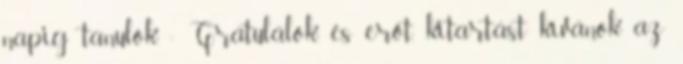
napig tanulok. : Gratulálok, és erőt, kitartást kívánok az